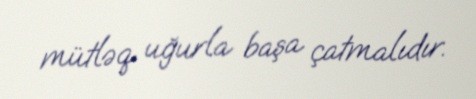
mütləq uğurla başa çatmalıdır.